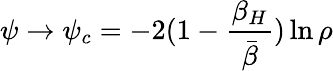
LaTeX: \psi\rightarrow\psi_{c}=-2(1-{\frac{\beta_{H}}{\bar{\beta}}})\ln\rho